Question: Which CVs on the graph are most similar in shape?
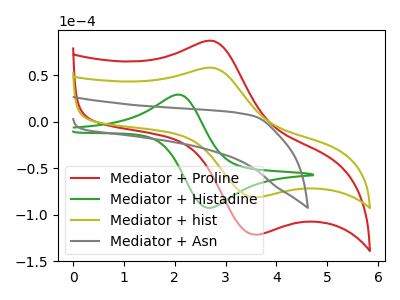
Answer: <think>The red curve "Mediator + Proline" has an anodic peak at (2.75V, 87.05uA) and a cathodic peak at (3.60V, -121.55uA). The green curve "Mediator + Histadine" has an anodic peak at (2.10V, 29.30uA) and a cathodic peak at (2.65V, -92.75uA). The olive curve "Mediator + hist" has an anodic peak at (2.75V, 58.10uA) and a cathodic peak at (3.60V, -81.15uA). The gray curve "Mediator + Asn" has no peaks.
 "Mediator + Proline" and "Mediator + Histadine" have at least one peak that do not match. All the peaks in "Mediator + Proline" have a peak in "Mediator + hist" at the same potential. Every peak in "Mediator + Proline" is higher than every peak in "Mediator + hist". "Mediator + Proline" and "Mediator + Asn" have a different number of peaks. "Mediator + Histadine" and "Mediator + hist" have at least one peak that do not match. "Mediator + Histadine" and "Mediator + Asn" have a different number of peaks. "Mediator + hist" and "Mediator + Asn" have a different number of peaks.</think>
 <answer>"Mediator + hist" and "Mediator + Proline" have the same shape and are likely CV's of the same chemical.</answer>
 <eval>"Mediator + hist" "Mediator + Proline"</eval>